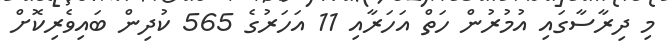
މި ދިރާސާގައި އުމުރުން ހަތް އަހަރާއި 11 އަހަރުގެ 565 ކުދިން ބައިވެރިކޮށް